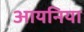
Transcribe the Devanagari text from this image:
आयनिया